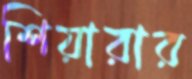
শিয়ারার